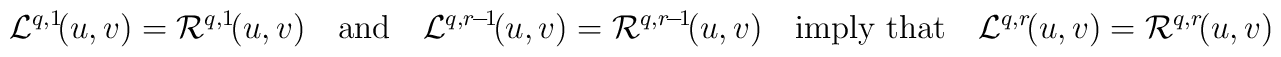
{\cal L}^{q,1}\!(u,v)={\cal R}^{q,1}\!(u,v)\quad\mbox{and}\quad{\cal L}^{q,r\!-\!1}\!(u,v)={\cal R}^{q,r\!-\!1}\!(u,v)\quad\mbox{imply that}\quad{\cal L}^{q,r}\!(u,v)={\cal R}^{q,r}\!(u,v)